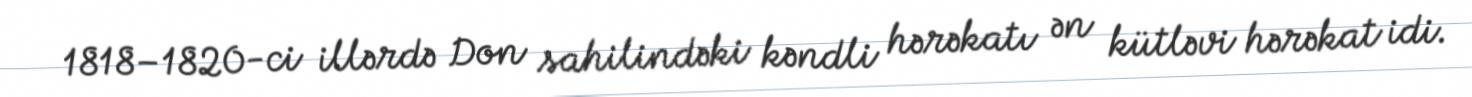
1818–1820-ci illərdə Don sahilindəki kəndli hərəkatı ən kütləvi hərəkat idi.